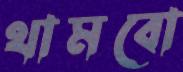
থামবো